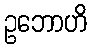
ဥဘောဟိ